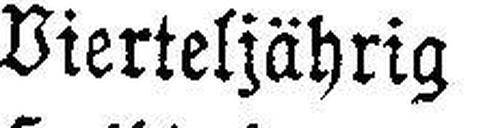
Vierteljährig